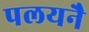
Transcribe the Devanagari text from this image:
पलयनै